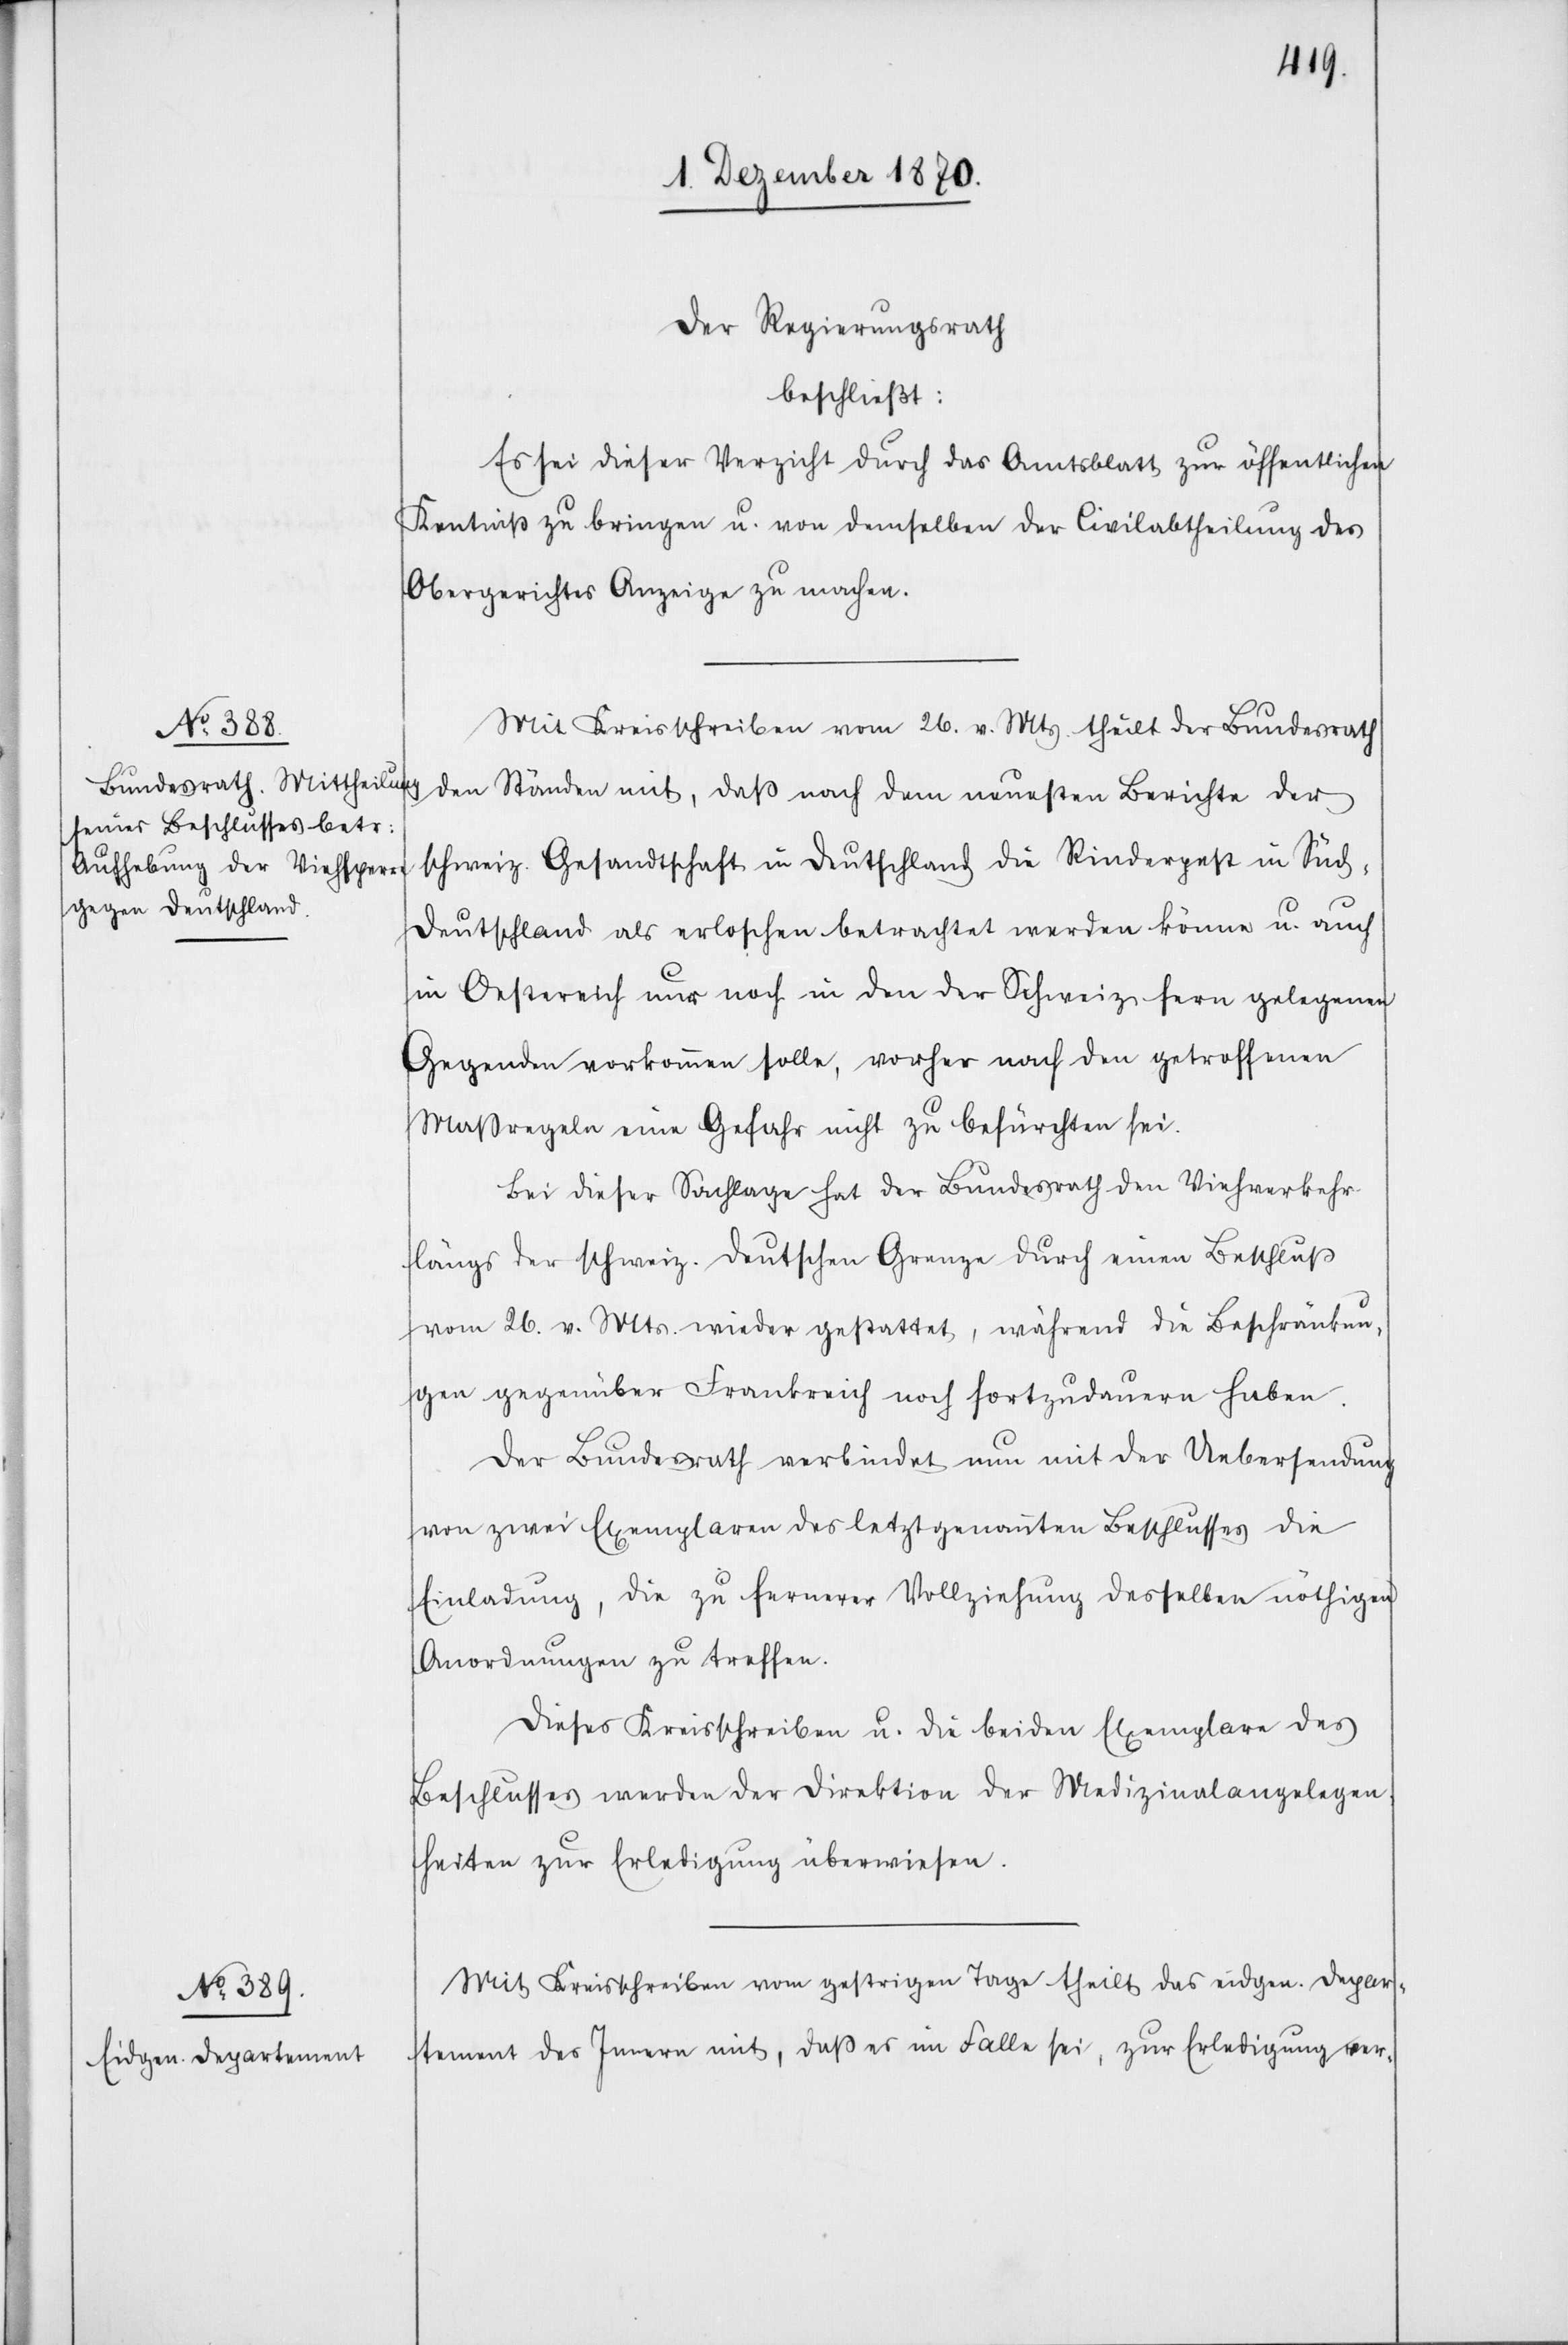
Der Regierungsrath
beschließt:
Es sei dieser Verzicht durch das Amtsblatt zur öffentlichen
Kenntniß zu bringen u. von demselben der Civilabtheilung des
Obergerichtes Anzeige zu machen.
Mit Kreisschreiben vom 26. v. Mts. theilt der Bundesrath
den Ständen mit, daß nach dem neuesten Berichte der
schweiz. Gesandtschaft in Deutschland die Rinderpest in Süd¬
deutschland als erloschen betrachtet werden könne u. auch
in Oesterreich nur noch in den der Schweiz fern gelegenen
Gegenden vorkommen solle, woher nach den getroffenen
Maßregeln eine Gefahr nicht zu befürchten sei.
Bei dieser Sachlage hat der Bundesrath den Viehverkehr
längs der schweiz. deutschen Grenze durch einen Beschluß
vom 26. v. Mts. wieder gestattet, während die Beschränkun¬
gen gegenüber Frankreich noch fortzudauern haben.
Der Bundesrath verbindet nun mit der Uebersendung
von zwei Exemplaren des letztgenannten Beschlusses die
Einladung, die zu fernerer Vollziehung desselben nöthigen
Anordnungen zu treffen.
Dieses Kreisschreiben u. die beiden Exemplare des
Beschlusses werden der Direktion der Medizinalangelegen¬
heiten zur Erledigung überwiesen.
Mit Kreisschreiben vom gestrigen Tage theilt das eidgen. Depar¬
tement des Innern mit, daß es im Falle sei, zur Erledigung ver-